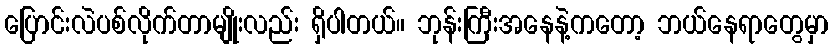
ပြောင်းလဲပစ်လိုက်တာမျိုးလည်း ရှိပါတယ်။ ဘုန်းကြီးအနေနဲ့ကတော့ ဘယ်နေရာတွေမှာ